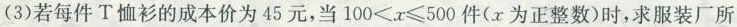
(3)若每件T恤衫的成本价为45元，当$$100<x\leq500$$件(x为正整数)时，求服装厂所